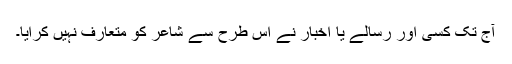
آج تک کسی اور رسالے یا اخبار نے اس طرح سے شاعر کو متعارف نہیں کرایا۔